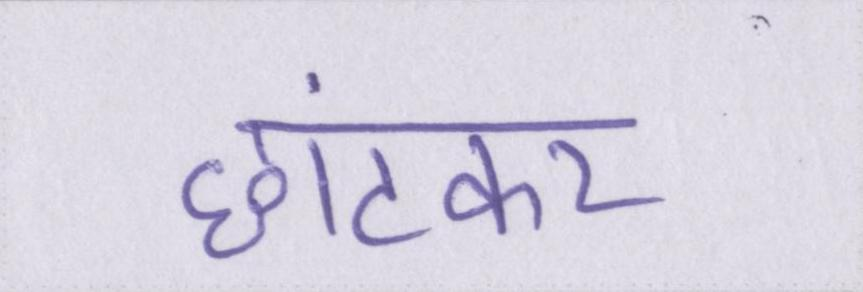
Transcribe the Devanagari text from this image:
छांटकर